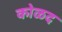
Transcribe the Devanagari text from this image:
कोळद